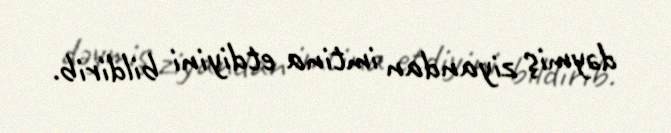
dəymiş ziyandan imtina etdiyini bildirib.